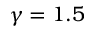
\gamma = 1 . 5